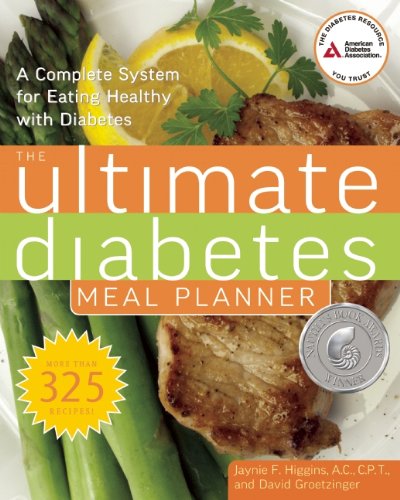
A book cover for The Ultimate Diabetes Meal Planner: A Complete System for Eating Healthy with Diabetes; Jaynie F. Higgins; Cookbooks, Food & Wine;